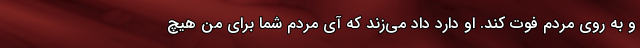
و به روی مردم فوت کند. او دارد داد می‌زند که آی مردم شما برای من هیچ